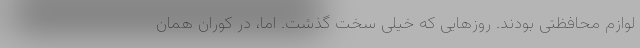
لوازم محافظتی بودند. روزهایی که خیلی سخت گذشت. اما، در کوران همان